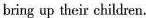
bring up their children.